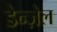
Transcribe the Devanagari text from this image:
डेन्ज़ेल